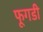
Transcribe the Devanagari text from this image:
फूगडी